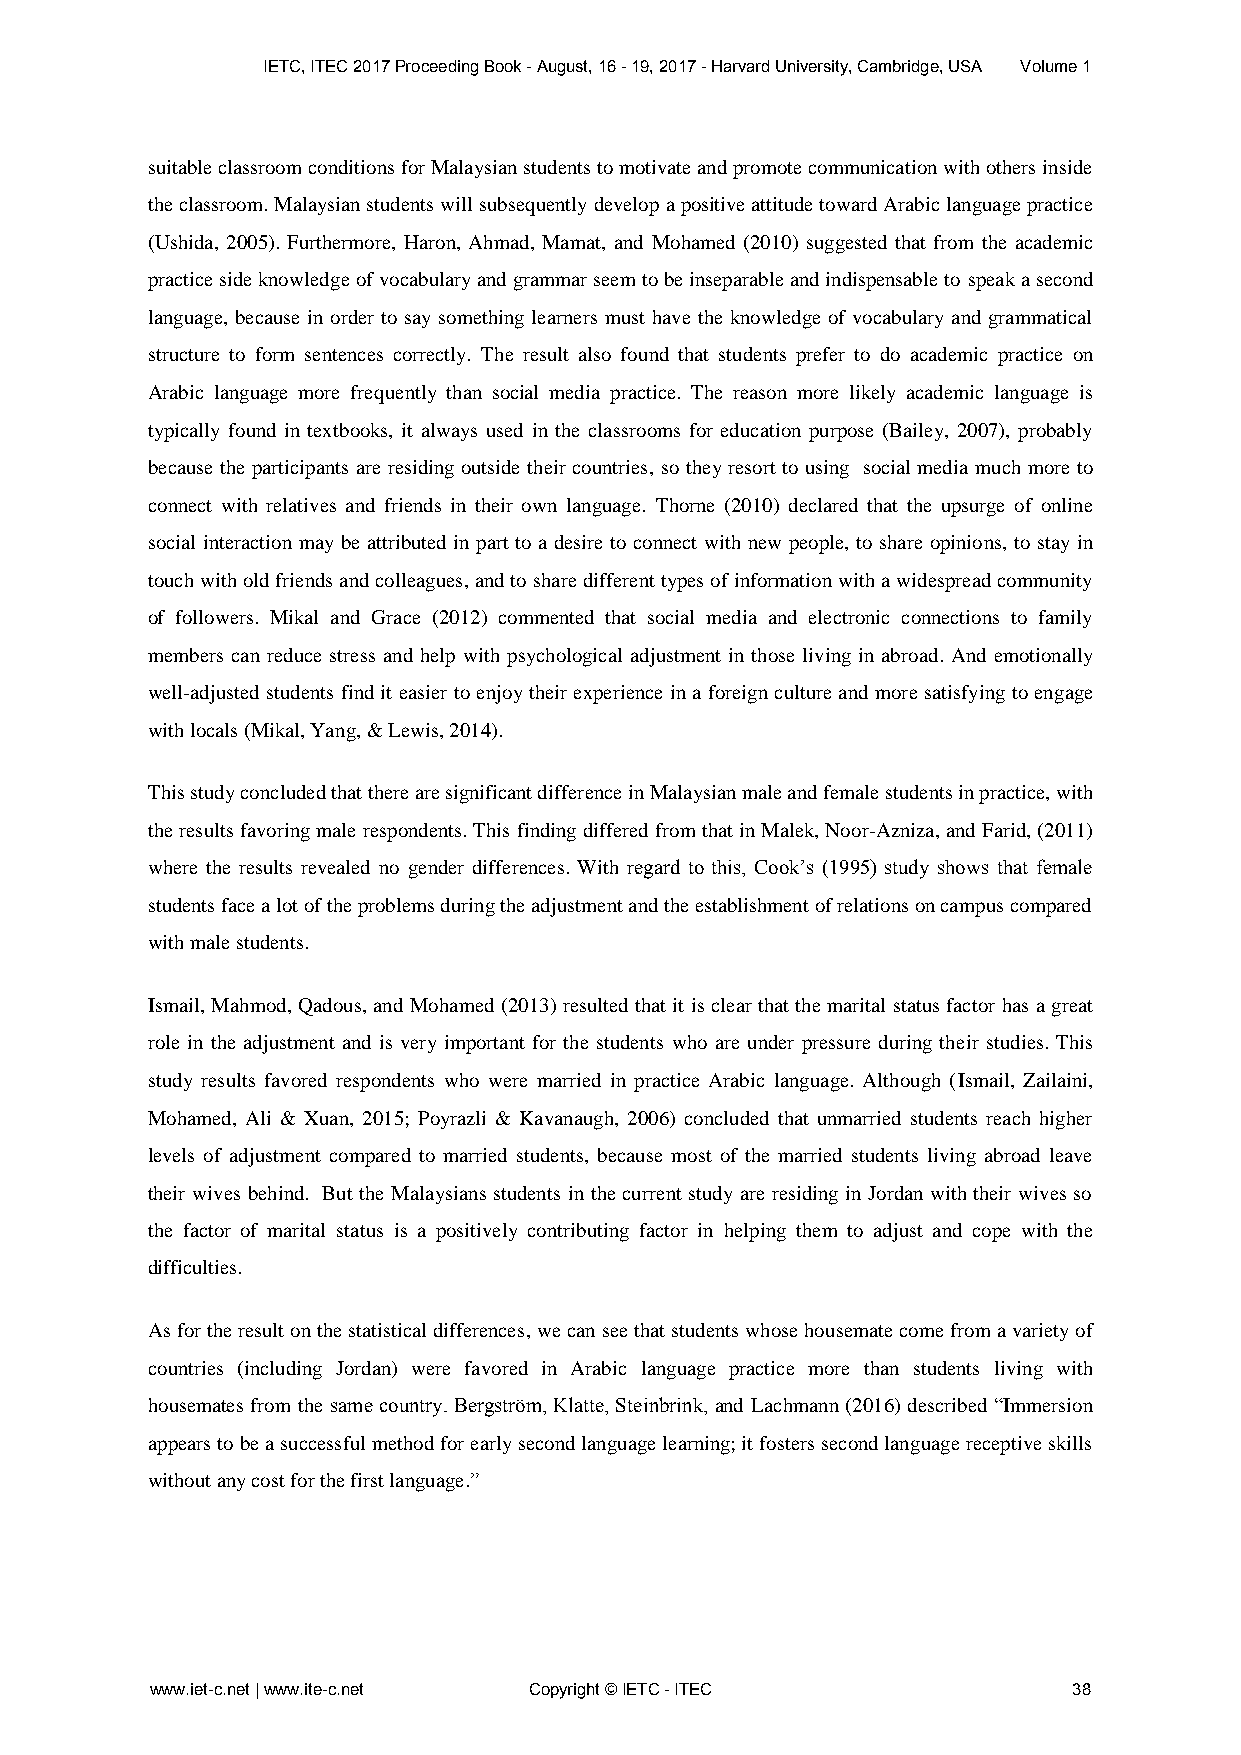
IETC, ITEC 2017 Proceeding Book - August, 16 - 19, 2017 - Harvard University, Cambridge, USA Volume 1
 suitable classroom conditions for Malaysian students to motivate and promote communication with others inside
 the classroom. Malaysian students will subsequently develop a positive attitude toward Arabic language practice
 (Ushida, 2005). Furthermore, Haron, Ahmad, Mamat, and Mohamed (2010) suggested that from the academic
 practice side knowledge of vocabulary and grammar seem to be inseparable and indispensable to speak a second
 language, because in order to say something learners must have the knowledge of vocabulary and grammatical
 structure to form sentences correctly. The result also found that students prefer to do academic practice on
 Arabic language more frequently than social media practice. The reason more likely academic language is
 typically found in textbooks, it always used in the classrooms for education purpose (Bailey, 2007), probably
 because the participants are residing outside their countries, so they resort to using social media much more to
 connect with relatives and friends in their own language. Thorne (2010) declared that the upsurge of online
 social interaction may be attributed in part to a desire to connect with new people, to share opinions, to stay in
 touch with old friends and colleagues, and to share different types of information with a widespread community
 of followers. Mikal and Grace (2012) commented that social media and electronic connections to family
 members can reduce stress and help with psychological adjustment in those living in abroad. And emotionally
 well-adjusted students find it easier to enjoy their experience in a foreign culture and more satisfying to engage
 with locals (Mikal, Yang, & Lewis, 2014).
 This study concluded that there are significant difference in Malaysian male and female students in practice, with
 the results favoring male respondents. This finding differed from that in Malek, Noor-Azniza, and Farid, (2011)
 where the results revealed no gender differences. With regard to this, Cook’s (1995) study shows that female
 students face a lot of the problems during the adjustment and the establishment of relations on campus compared
 with male students.
 Ismail, Mahmod, Qadous, and Mohamed (2013) resulted that it is clear that the marital status factor has a great
 role in the adjustment and is very important for the students who are under pressure during their studies. This
 study results favored respondents who were married in practice Arabic language. Although (Ismail, Zailaini,
 Mohamed, Ali & Xuan, 2015; Poyrazli & Kavanaugh, 2006) concluded that unmarried students reach higher
 levels of adjustment compared to married students, because most of the married students living abroad leave
 their wives behind. But the Malaysians students in the current study are residing in Jordan with their wives so
 the factor of marital status is a positively contributing factor in helping them to adjust and cope with the
 difficulties.
 As for the result on the statistical differences, we can see that students whose housemate come from a variety of
 countries (including Jordan) were favored in Arabic language practice more than students living with
 housemates from the same country. Bergström, Klatte, Steinbrink, and Lachmann (2016) described “Immersion
 appears to be a successful method for early second language learning; it fosters second language receptive skills
 without any cost for the first language.”
 www.iet-c.net | www.ite-c.net Copyright © IETC - ITEC        38